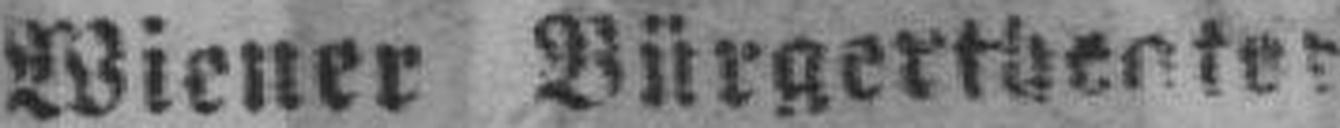
Wiener Bürgertheater